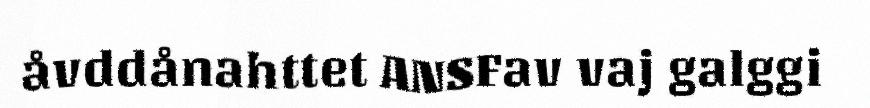
åvddånahttet ANSFav vaj galggi